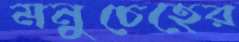
মনুচেহের